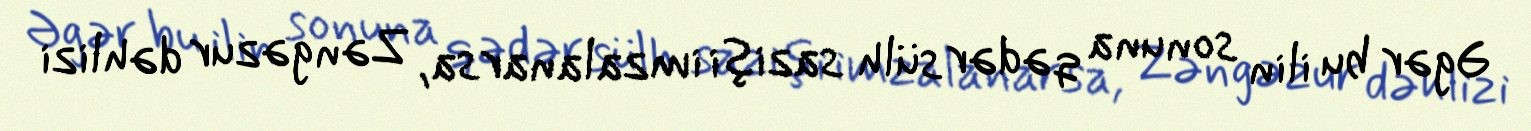
Əgər bu ilin sonuna qədər sülh sazişi imzalanarsa, Zəngəzur dəhlizi